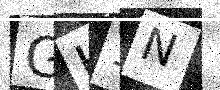
Text: GH1N